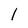
Character: 1